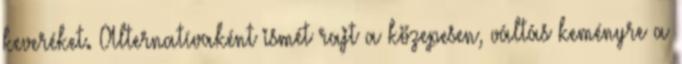
keveréket. Alternatívaként ismét rajt a közepesen, váltás keményre a